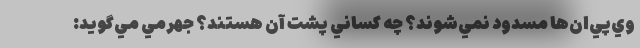
وي‌پي‌ان‌ها مسدود نمي‌شوند؟ چه كساني پشت آن هستند؟ جهرمي مي‌گويد: